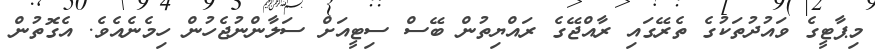
މިޕާޓީގެ ވައުދުތަކުގެ ތެރޭގައި ރާއްޖޭގެ ރައްޔިތުން ބޭސް ސިޓީއަށް ސަލާންނުޖެހުން ހިމެނެއެވެ. އެގޮތުން